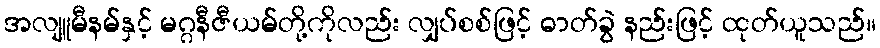
အလျူမီနမ်နှင့် မဂ္ဂနီဇီယမ်တို့ကိုလည်း လျှပ်စစ်ဖြင့် ဓာတ်ခွဲ နည်းဖြင့် ထုတ်ယူသည်။